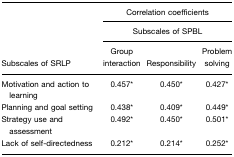
<table><thead><tr><td></td><td colspan="3"><b>Correlation coefficients</b></td></tr><tr><td></td><td colspan="3"><b>Subscales of SPBL</b></td></tr><tr><td><b>Subscales of SRLP</b></td><td><b>Group interaction</b></td><td><b>Responsibility</b></td><td><b>Problem solving</b></td></tr></thead><tbody><tr><td>Motivation and action to learning</td><td>0.457*</td><td>0.450*</td><td>0.427*</td></tr><tr><td>Planning and goal setting</td><td>0.438*</td><td>0.409*</td><td>0.449*</td></tr><tr><td>Strategy use and assessment</td><td>0.492*</td><td>0.450*</td><td>0.501*</td></tr><tr><td>Lack of self-directedness</td><td>0.212*</td><td>0.214*</td><td>0.252*</td></tr></tbody></table>